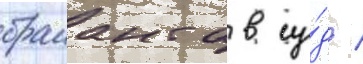
браианта в су́д /